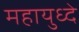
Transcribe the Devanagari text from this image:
महायुध्दे